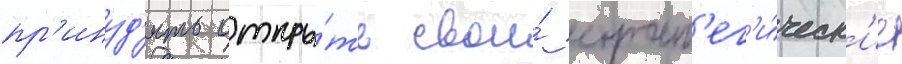
пр'инуд'ить откры́ть свои́ страт'ег'и́ческ'ие